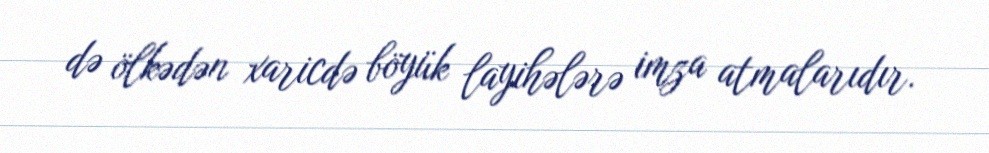
də ölkədən xaricdə böyük layihələrə imza atmalarıdır.